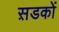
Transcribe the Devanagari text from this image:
स़डकों